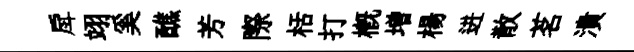
戽翊奚醮芳際栝打槪増楊进散茗潰